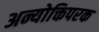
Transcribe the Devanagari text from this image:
अन्योक्तिपरक